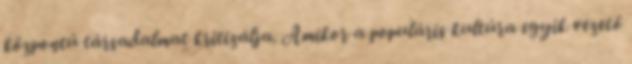
központú társadalmat kritizálja. Amikor a populáris kultúra egyik vezető